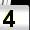
Digit: 4